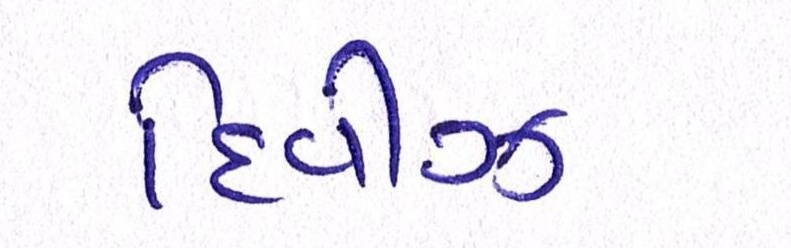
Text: દિવીઝ